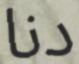
دنا